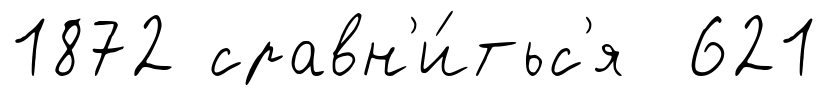
1872 сравн'и́тьс'я 621